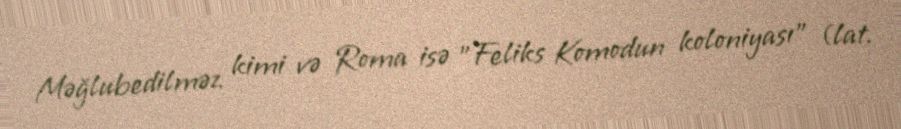
Məğlubedilməz kimi və Roma isə "Feliks Komodun koloniyası" (lat.